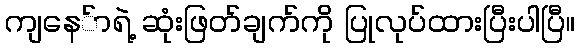
ကျနေ်ာရဲ့ ဆုံးဖြတ်ချက်ကို ပြုလုပ်ထားပြီးပါပြီ။